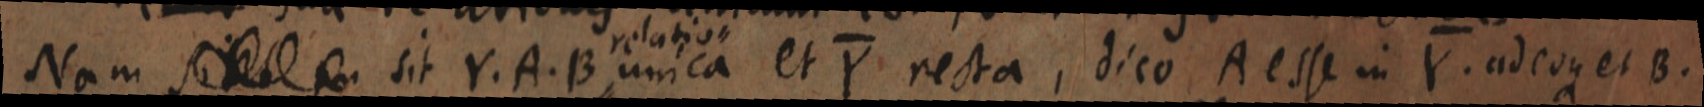
Nam si _ sit Y. A. B relatio unica et Y recta, dico A esse in Y. adeoque et B.